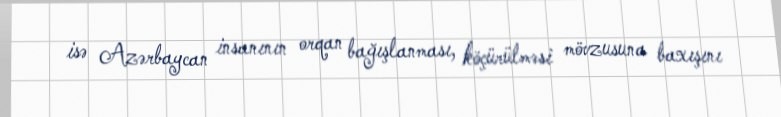
isə Azərbaycan insanının orqan bağışlanması, köçürülməsi mövzusuna baxışını